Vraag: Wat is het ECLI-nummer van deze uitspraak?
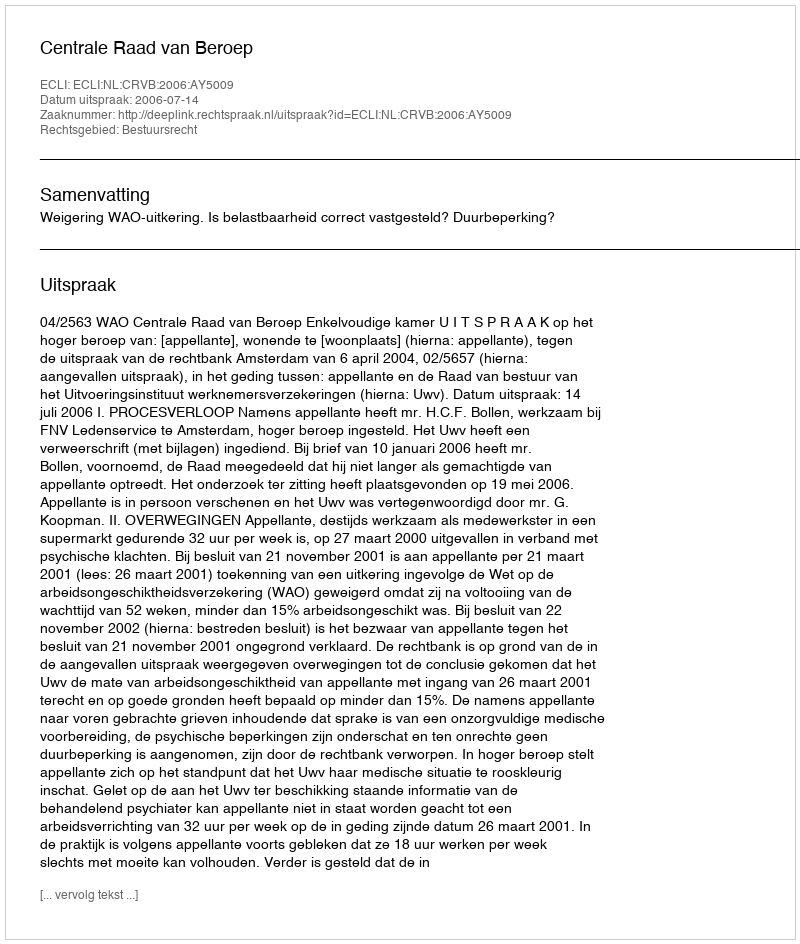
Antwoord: ECLI:NL:CRVB:2006:AY5009